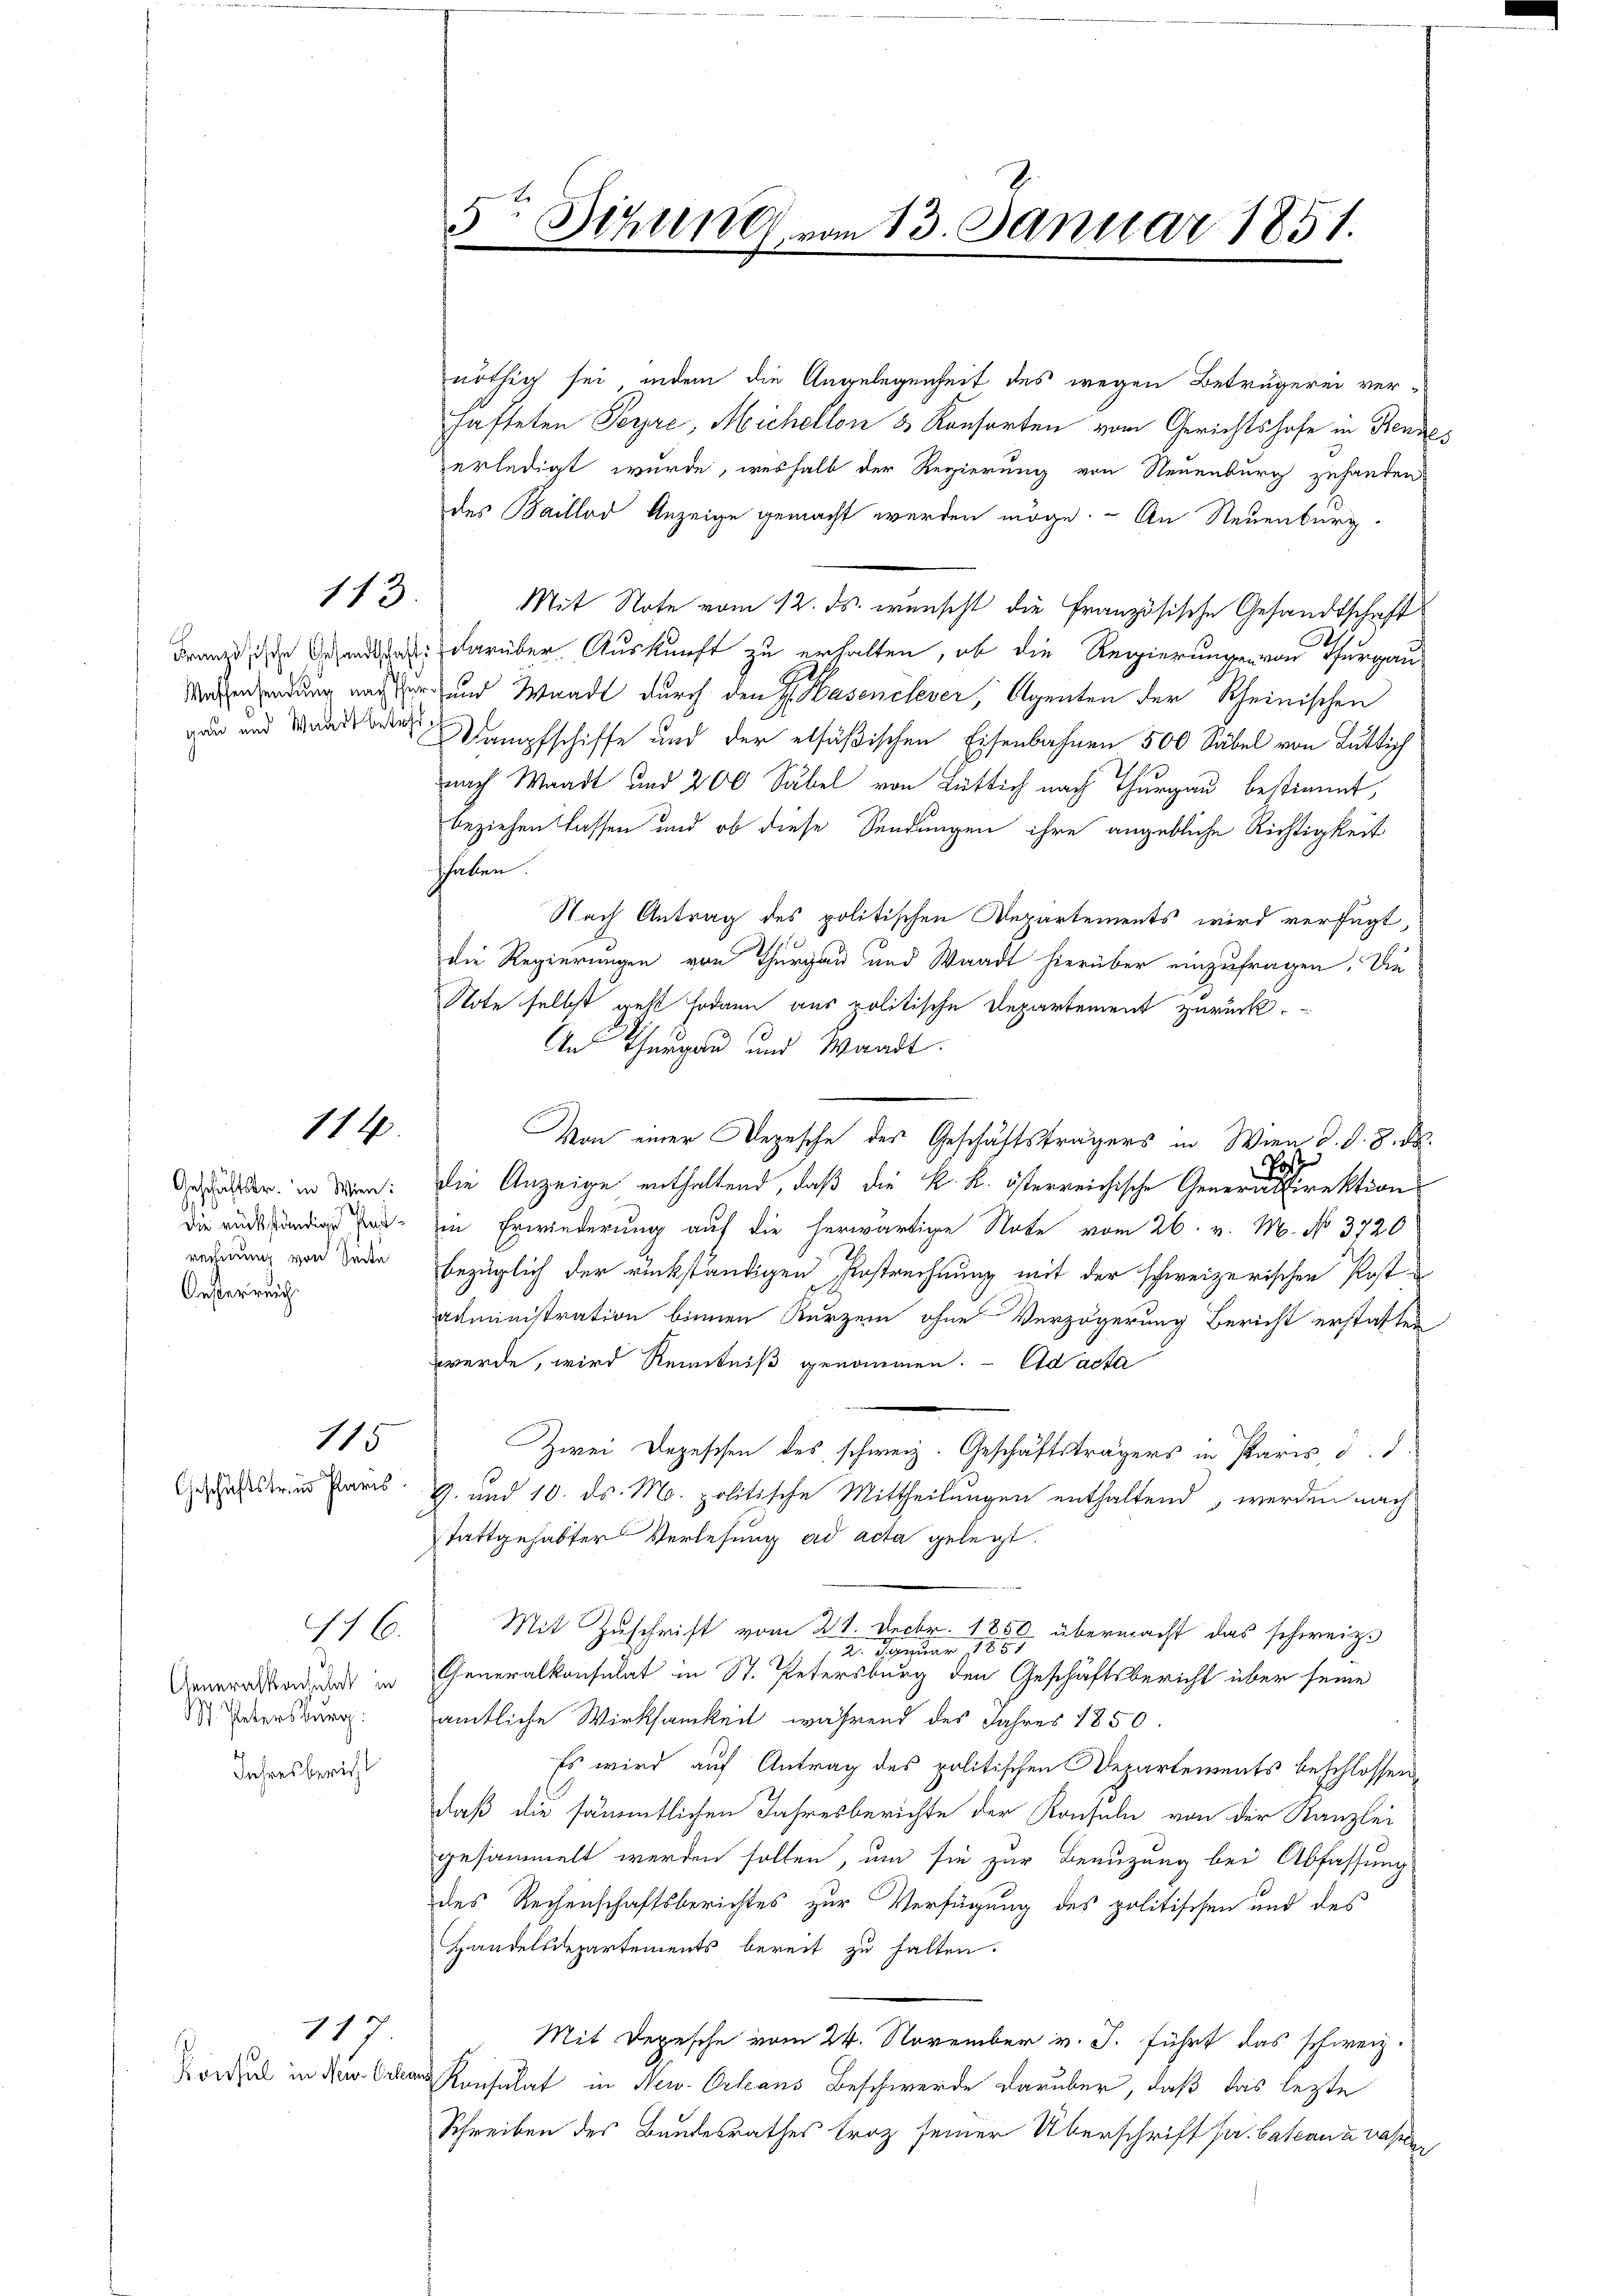
Französische Gesandtschaft:
gau und Waadt betreffe

113.

114.

die rückständige Kas¬
Oeßerreich

116.
Generalkochens in
S. Petersburg:
Jahresbericht

115
Geschäftstrie Paris

Konsul in New-Orlean

117

5te Sitzung vom 13. Januar 1851.

nöthig sei, indem die Angelegenheit des wegen Betrügerei verhafteten Perre, Michellon & Konsorten vom Gerichtshofe in Tende
erledigt wurde, weshalb der Regierung von Neuenburg zuhanden
des Baillod Anzeige gemacht werden möge. An Neuenburg
Mit Note vom 12. ds. wünscht die Französische Gesandtschaft
G
darüber Auskunft zu erhalten, ob die Regierungen von Thurgaus
Matersendung nachher und Waadt durch den H. Hasenilever, Agenten der Rheinischen
Dampfschiffe und der elfäßischen Eisenbahnen 500 Säbel von Luttich
nach Waadt und 200 Säbel von Rütlich nach Thurgau bestimmt,
beziehen lassen und ob diese Sendungen ihre angebliche Richtigkeit
shaben
Nach Antrag des politischen Departements wird verfügt,
die Regierungen von Thurgau und Waadt hierüber einzufragen. Die
Note selbst geht sodann aus politische Departement zurück.
An Thurgau und Waadt.
Von einer Depesche des Geschäftsträgers in Wien d. d. 8. ds.
Post
Gester in den: die Anzeige enthaltend, daß die k. k. österreichische Generaldirektion
in Erwiederung auf die herwärtige Note vom 26. v. M. No. 3720
ordnung von Tode bezüglich der rückständigen Erstrechnung mit der schweizerischen Postadministration binnen Kurzen ohne Verzögerung Bericht erstatten
werde, wird Renntniß genommen. - Ad acta
Zwei Depeschen des schweiz. Geschäftsträgers in Paris, d. d.
9. und 10. ds. Mo. politische Mittheilungen enthaltend, werden nach
tattgehabter Verlesung ad acta gelegt.
Mit Zuschrift vom 21. Decbr. 1850 übermacht das schweiz.
2. Januar 1881
Generalkonsulat in St. Petersburg den Geschäftsbericht über seine
amtliche Wirksamkeit während des Jahres 1850.
Es wird auf Antrag des politischen Departements beschlossen
daß die sämmtlichen Jahresberichte der Konsuln von der Kanzlei
gesammelt werden sollen, um sie zur Benuzung bei Abfassung
des Rechenschaftsberichtes zur Verfügung des politischen und des
Handelsdepartements bereit zu halten.
Mit Depesche vom 24. November v. J. führt das schweiz.
Konsulat in New-Orleans Beschwerde darüber, daß das lezte
Schreiben des Bandesrathes troz seiner Überschrift pr. batcanz nassen

25